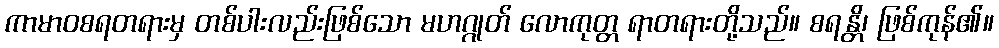
ကာမာဝစရတရားမှ တစ်ပါးလည်းဖြစ်သော မဟဂ္ဂုတ် လောကုတ္တ ရာတရားတို့သည်။ စရန္တိ၊ ဖြစ်ကုန်၏။